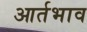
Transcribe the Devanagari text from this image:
आर्तभाव